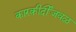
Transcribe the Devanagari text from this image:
कारकीर्दीजवळ